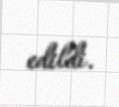
edildi.